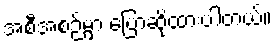
အစီအစဉ်မှာ ပြောဆိုထားပါတယ်။